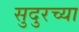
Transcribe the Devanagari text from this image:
सुदुरच्या